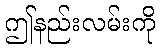
ဤနည်းလမ်းကို